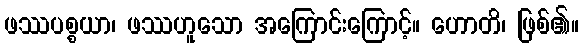
ဖဿပစ္စယာ၊ ဖဿဟူသော အကြောင်းကြောင့်။ ဟောတိ၊ ဖြစ်၏။